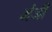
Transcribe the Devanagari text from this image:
भंजी